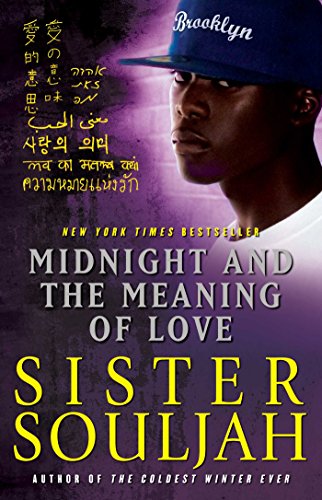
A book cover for Midnight and the Meaning of Love (The Midnight Series); Sister Souljah; Literature & Fiction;